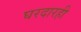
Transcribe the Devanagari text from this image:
घरदारही